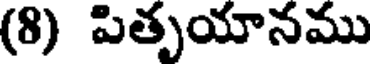
(8) పితృయానము